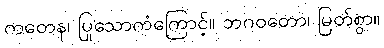
ကတေန၊ ပြုသောကံကြောင့်။ ဘဂဝတော၊ မြတ်စွာ။